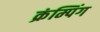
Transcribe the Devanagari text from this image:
क्रंम्पिंग